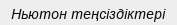
Ньютон теңсіздіктері